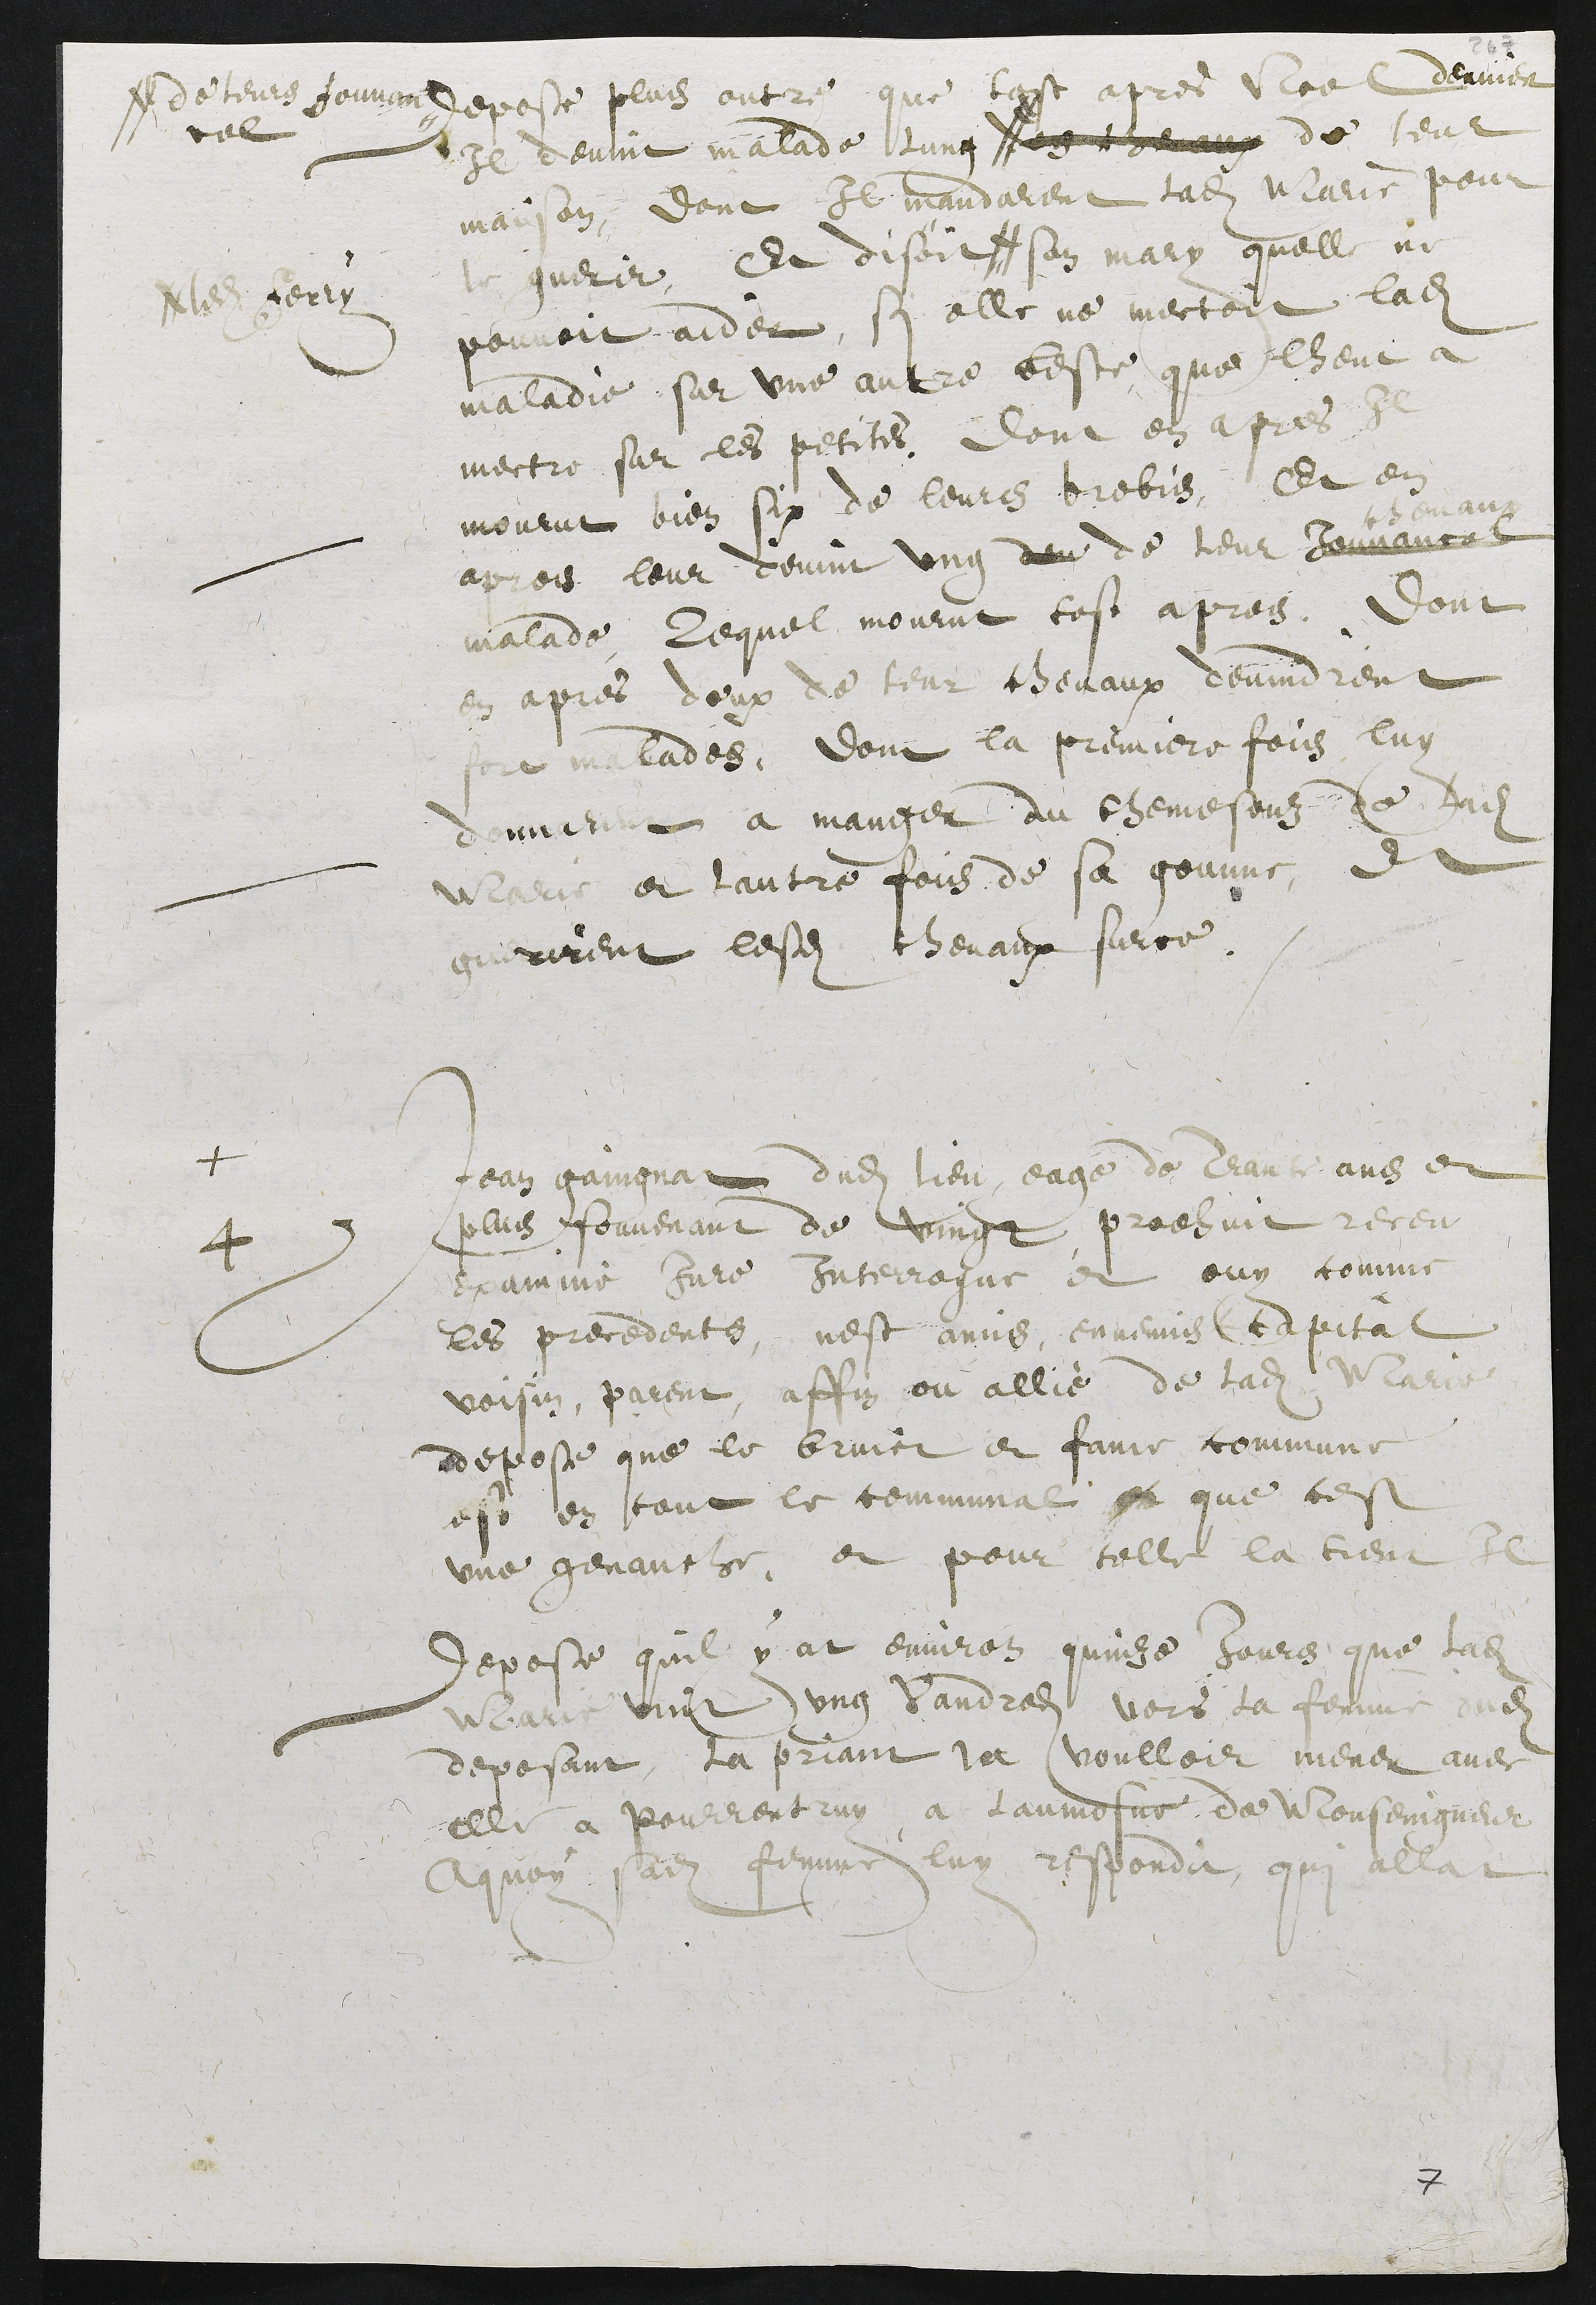
Depose plus outre que tost apres Noel dernier
Il devint malade lung #
# de leurs jouvan
cel
ung chevaux de leur
maison, dont Il mandarent ladite Marie pour
le guerir, Et disoit#
#ledit Ferry
son mary quelle ne
pouvoit aider si elle ne mectoit ladite
maladie sur une autre beste, que lheut a
mectre sur les petites. Dont en apres Il
mourut bien six de leurs brebis, Et en
apres leur devint ung deu de leur Jouvancel
chevaux
malade, lequel mourut tost apres. Dont
en apres deux de leur chevaux devindrent
fort malades. Dont la premiere fois luy
donnarent a manger du chemesonz de ladite
Marie et lautre fois de sa gounne, Et
guerirent lesdits chevaux surce.
+
4 Jean gaingnat dudit lieu, eagé de Trante ans et
plus souvenant de vingt, prodhuit receu
examiné Jure Interrogue et ouy comme
les precedents, nest amis, ennemis capital
voisin, parent, affin ou allié de ladite Marie
depose que le bruict et fame commune
est en tout le communal en que cest
une genauche, et pour telle la tient Il
Depose quil y at environ quinze Jours que ladite
Marie vint ung vandredi vers la femme dudit
deposant, la priant la voulloir mener avec
elle a Pourrentruy a laumosne de Monseingneur
A quoy sadite femme luy respondit qui allat